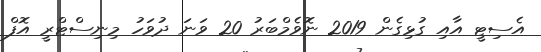
އެސިޓީ އާއި ގުޅިގެން 2019 ނޮވެމްބަރު 20 ވަނަ ދުވަހު މިނިސްޓްރީ އޮފް